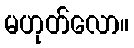
မဟုတ်လော။